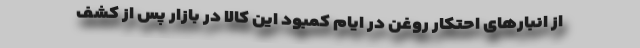
از انبارهای احتکار روغن در ایام کمبود این کالا در بازار پس از کشف